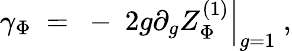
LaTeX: \gamma_{\Phi}~=~-~\left.2g\partial_{g}Z_{\Phi}^{(1)}\right|_{g=1}~,